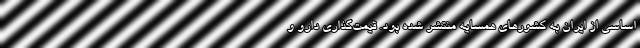
اساسی از ایران به کشورهای همسایه منتشر شده بود. قیمت‌گذاری دارو و